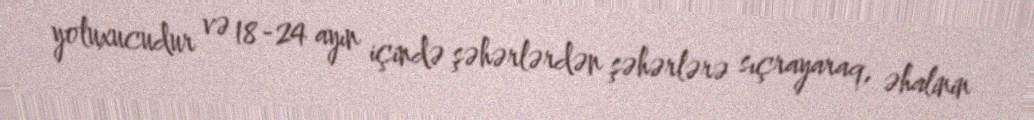
yoluxucudur və 18-24 ayın içində şəhərlərdən şəhərlərə sıçrayaraq, əhalinin